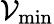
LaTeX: \mathcal{V}_{\mathrm{min}}